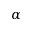
\alpha